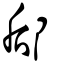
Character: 郈